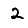
Digit: 2